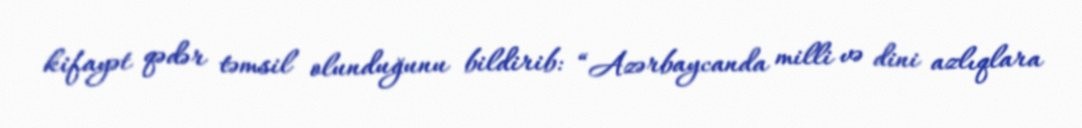
kifayət qədər təmsil olunduğunu bildirib: “Azərbaycanda milli və dini azlıqlara